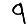
Digit: 9